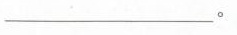
\underline。